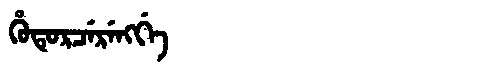
Manchu: ᡥᡠᡨᡠᡵᠴᡝᡵᡝᠩᡤᡝ
Romanization: HUTURCERENGGE